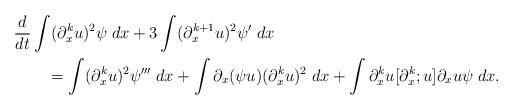
LaTeX: \begin{align*} &\frac{d}{dt} \int (\partial_x^ku)^2\psi \; dx + 3 \int (\partial_x^{k+1}u)^2\psi' \; dx \\&\qquad= \int (\partial_x^ku)^2\psi''' \; dx+ \int \partial_x(\psi u)(\partial_x^ku)^2 \; dx+ \int \partial_x^ku [\partial_x^k;u]\partial_xu\psi \; dx.\end{align*}